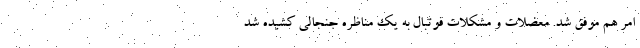
امر هم موفق شد. معضلات و مشکلات فوتبال به یک مناظره جنجالی کشیده شد